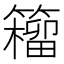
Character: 籕